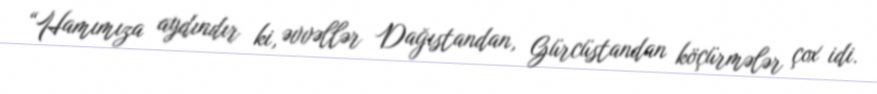
“Hamımıza aydındır ki, əvvəllər Dağıstandan, Gürcüstandan köçürmələr çox idi.